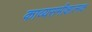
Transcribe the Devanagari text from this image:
काव्यसमीक्षात्मक